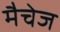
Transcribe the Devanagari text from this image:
मैचेज